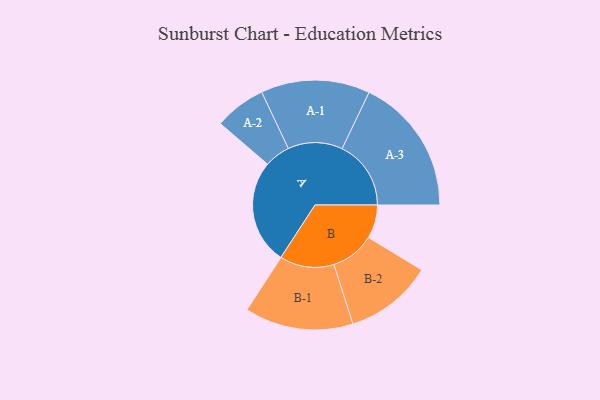
{"axis": {"x": "Segment", "y": "Value"}, "legend": ["", "A", "B"], "data": [{"x": "A", "y": 443, "type": ""}, {"x": "B", "y": 142, "type": ""}, {"x": "A-1", "y": 231, "type": "A"}, {"x": "A-2", "y": 109, "type": "A"}, {"x": "A-3", "y": 292, "type": "A"}, {"x": "B-1", "y": 230, "type": "B"}, {"x": "B-2", "y": 186, "type": "B"}]}